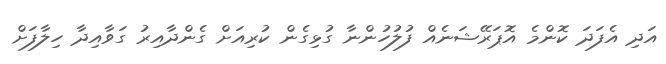
އަދި އެފަދަ ކޮންމެ އޮޕަރޭޝަނެއް ފުލުހުންނާ ގުޅިގެން ކުރިއަށް ގެންދާއިރު ގަވާއިދާ ހިލާފަށް